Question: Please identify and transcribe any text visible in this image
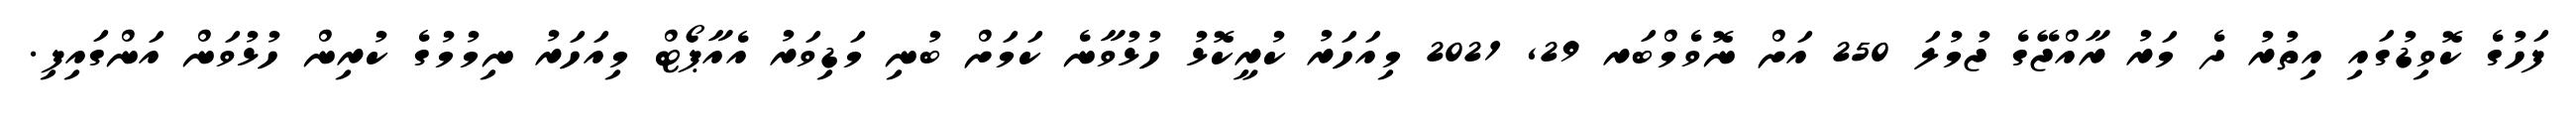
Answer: ފަހުގެ ކޮވިޑުގައި އިތުރު ދެ މަރު ރާއްޖޭގެ ޖުމުލަ 250 އަށް ނޮވެމްބަރ 29, 2021 މިއަހަރު ކުރީކޮޅު ހުޅުވާނެ ކަމަށް ބުނި މަޑިވަރު އެއާޕޯޓް މިއަހަރު ނިމުމުގެ ކުރިން ހުޅުވަން އަންގައިފި.